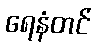
ရေနံတင်